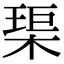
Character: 𤦲